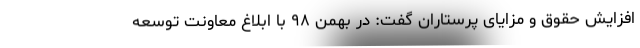
افزایش حقوق و مزایای پرستاران گفت: در بهمن ۹۸ با ابلاغ معاونت توسعه